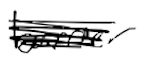
Text: barrier
Cross-out: scratch
Writing tool: digital_black